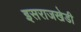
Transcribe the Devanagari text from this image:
इसराजखेडी